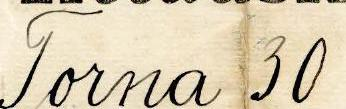
Torna 30